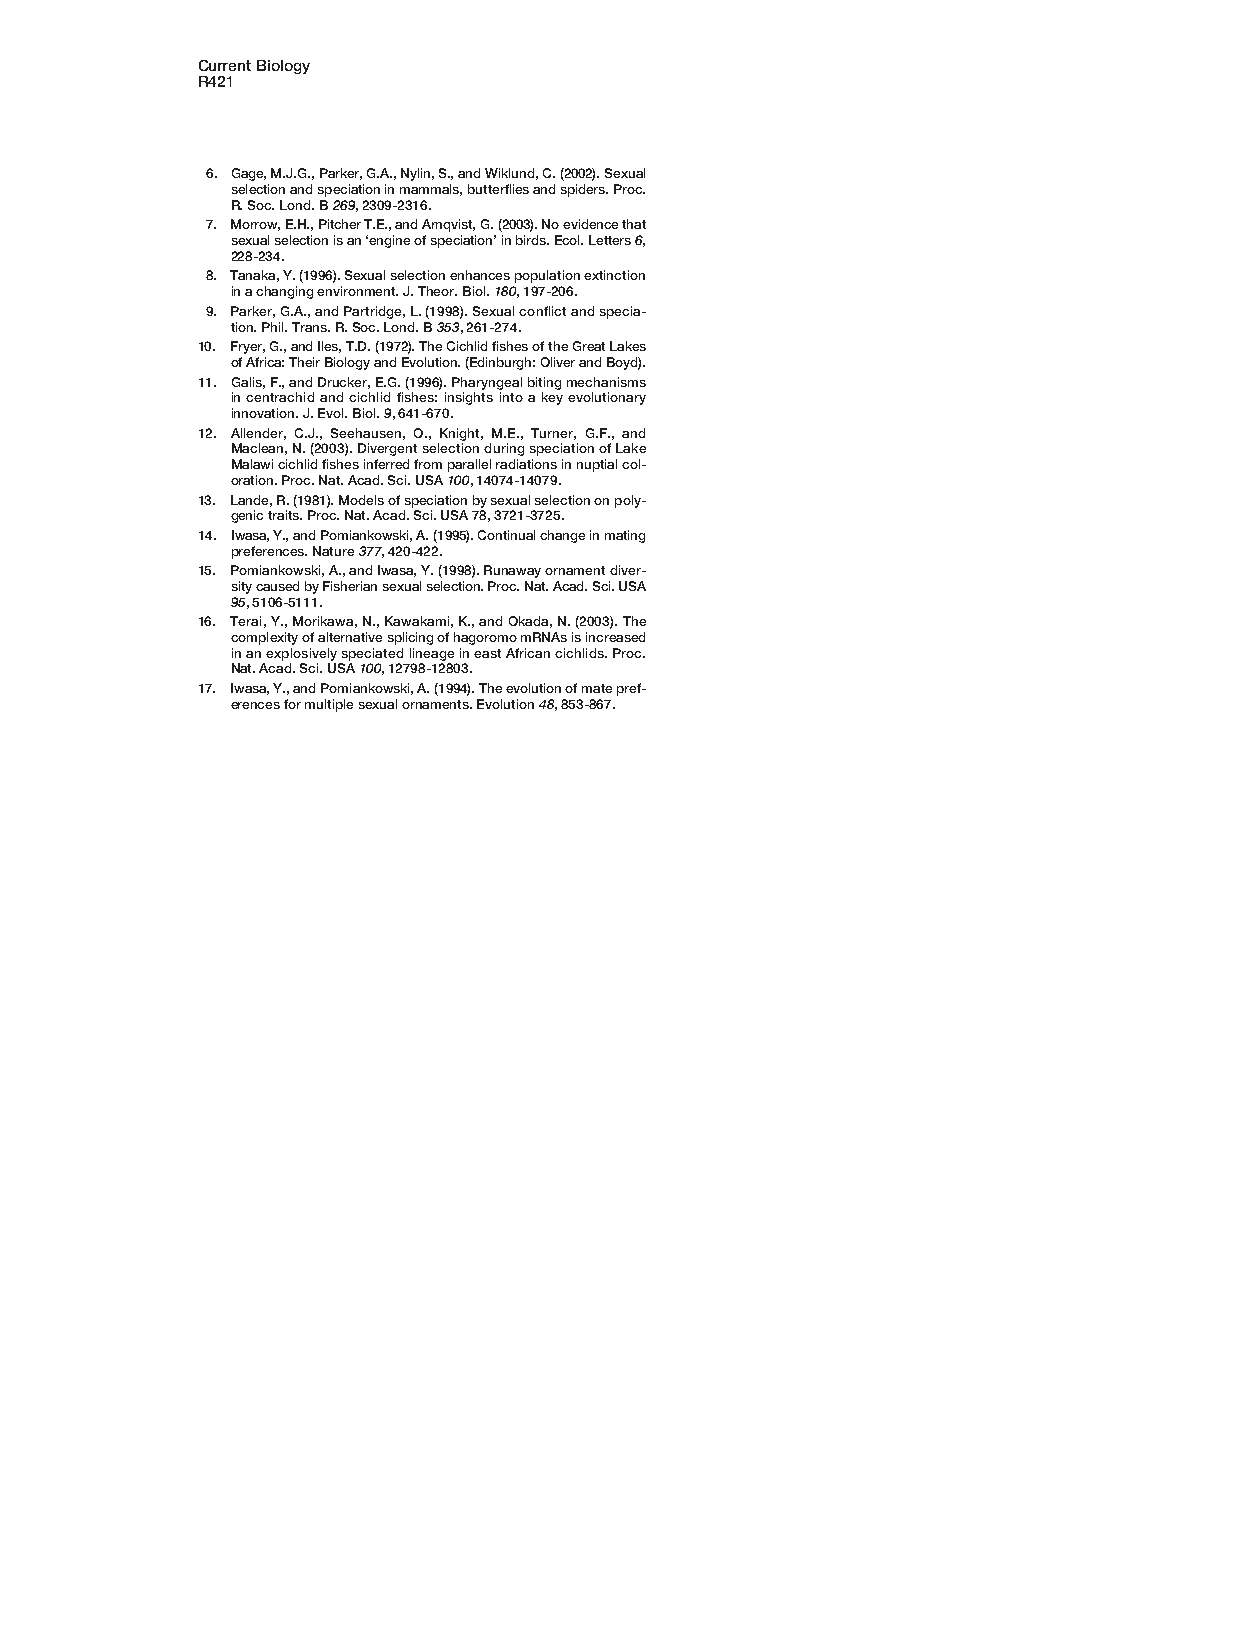
Current Biology
 R421
 6. Gage, M.J.G., Parker, G.A., Nylin, S., and Wiklund, C. (2002). Sexual
 selection and speciation in mammals, butterflies and spiders. Proc.
 R. Soc. Lond. B 269, 2309-2316.
 7. Morrow, E.H., Pitcher T.E., and Arnqvist, G. (2003). No evidence that
 sexual selection is an ‘engine of speciation’ in birds. Ecol. Letters 6,
 228-234.
 8. Tanaka, Y. (1996). Sexual selection enhances population extinction
 in a changing environment. J. Theor. Biol. 180, 197-206.
 9. Parker, G.A., and Partridge, L. (1998). Sexual conflict and specia-
 tion. Phil. Trans. R. Soc. Lond. B 353, 261-274.
 10. Fryer, G., and Iles, T.D. (1972). The Cichlid fishes of the Great Lakes
 of Africa: Their Biology and Evolution. (Edinburgh: Oliver and Boyd).
 11. Galis, F., and Drucker, E.G. (1996). Pharyngeal biting mechanisms
 in centrachid and cichlid fishes: insights into a key evolutionary
 innovation. J. Evol. Biol. 9, 641-670.
 12. Allender, C.J., Seehausen, O., Knight, M.E., Turner, G.F., and
 Maclean, N. (2003). Divergent selection during speciation of Lake
 Malawi cichlid fishes inferred from parallel radiations in nuptial col-
 oration. Proc. Nat. Acad. Sci. USA 100, 14074-14079.
 13. Lande, R. (1981). Models of speciation by sexual selection on poly-
 genic traits. Proc. Nat. Acad. Sci. USA 78, 3721-3725.
 14. Iwasa, Y., and Pomiankowski, A. (1995). Continual change in mating
 preferences. Nature 377, 420-422.
 15. Pomiankowski, A., and Iwasa, Y. (1998). Runaway ornament diver-
 sity caused by Fisherian sexual selection. Proc. Nat. Acad. Sci. USA
 95, 5106-5111.
 16. Terai, Y., Morikawa, N., Kawakami, K., and Okada, N. (2003). The
 complexity of alternative splicing of hagoromo mRNAs is increased
 in an explosively speciated lineage in east African cichlids. Proc.
 Nat. Acad. Sci. USA 100, 12798-12803.
 17. Iwasa, Y., and Pomiankowski, A. (1994). The evolution of mate pref-
 erences for multiple sexual ornaments. Evolution 48, 853-867.